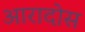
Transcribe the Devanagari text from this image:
आरादोस